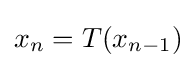
x_{n}=T(x_{n-1})